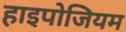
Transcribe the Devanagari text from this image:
हाइपोजियम